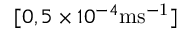
[ 0 , 5 \times 1 0 ^ { - 4 } \mathrm { m s ^ { - 1 } } ]